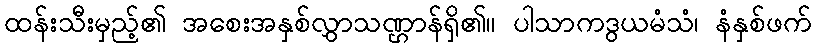
ထန်းသီးမှည့်၏ အစေးအနှစ်လွှာသဏ္ဌာန်ရှိ၏။ ပါသာကဒွယမံသံ၊ နံနှစ်ဖက်